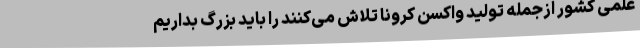
علمی کشور ازجمله تولید واکسن کرونا تلاش می‌کنند را باید بزرگ بداریم